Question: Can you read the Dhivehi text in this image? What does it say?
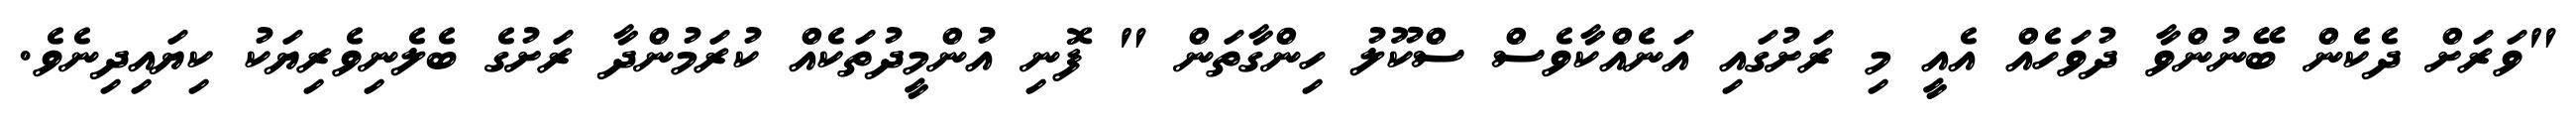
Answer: "ވަރަށް ދެކެން ބޭނުންވާ ދުވަހެއް އެއީ މި ރަށުގައި އަނެއްކާވެސް ސްކޫލު ހިންގާތަން " ފޮނި އުންމީދުތަކެއް ކުރަމުންދާ ރަށުގެ ބެލެނިވެރިޔަކު ކިޔައިދިނެވެ.